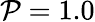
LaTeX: \mathcal{P}=1.0